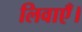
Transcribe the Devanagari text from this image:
लिवाएँ।